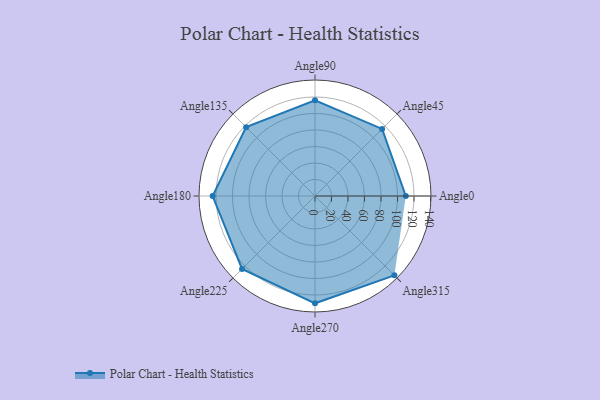
{"axis": {"x": "Angle", "y": "Radius"}, "legend": [""], "data": [{"x": "Angle0", "y": 110.0, "type": ""}, {"x": "Angle45", "y": 115.0, "type": ""}, {"x": "Angle90", "y": 116.0, "type": ""}, {"x": "Angle135", "y": 118.0, "type": ""}, {"x": "Angle180", "y": 124.0, "type": ""}, {"x": "Angle225", "y": 125.0, "type": ""}, {"x": "Angle270", "y": 130.0, "type": ""}, {"x": "Angle315", "y": 136.0, "type": ""}]}